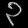
Digit: ၃